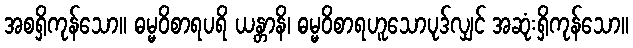
အစရှိကုန်သော။ ဓမ္မဝိစာရပရိ ယန္တာနိ၊ ဓမ္မဝိစာရဟူသောပုဒ်လျှင် အဆုံးရှိကုန်သော။